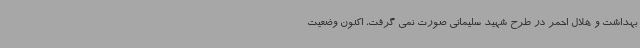
بهداشت و هلال احمر در طرح شهید سلیمانی صورت نمی گرفت، اکنون وضعیت